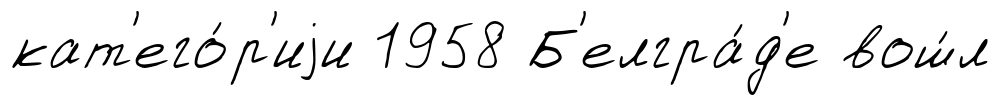
кат'его́р'иjи 1958 Б'елгра́д'е вош́л